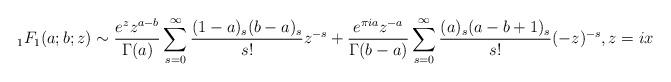
LaTeX: \begin{align*} {}_1 F_1(a;b;z) \sim {e^z z^{a-b} \over \Gamma(a)} \sum_{s=0}^\infty {(1 - a)_s (b - a)_s \over s!} z^{-s} + {e^{\pi i a} z^{-a} \over \Gamma(b - a)} \sum_{s=0}^\infty {(a)_s (a-b+1)_s \over s!} (-z)^{-s}, z = i x \end{align*}